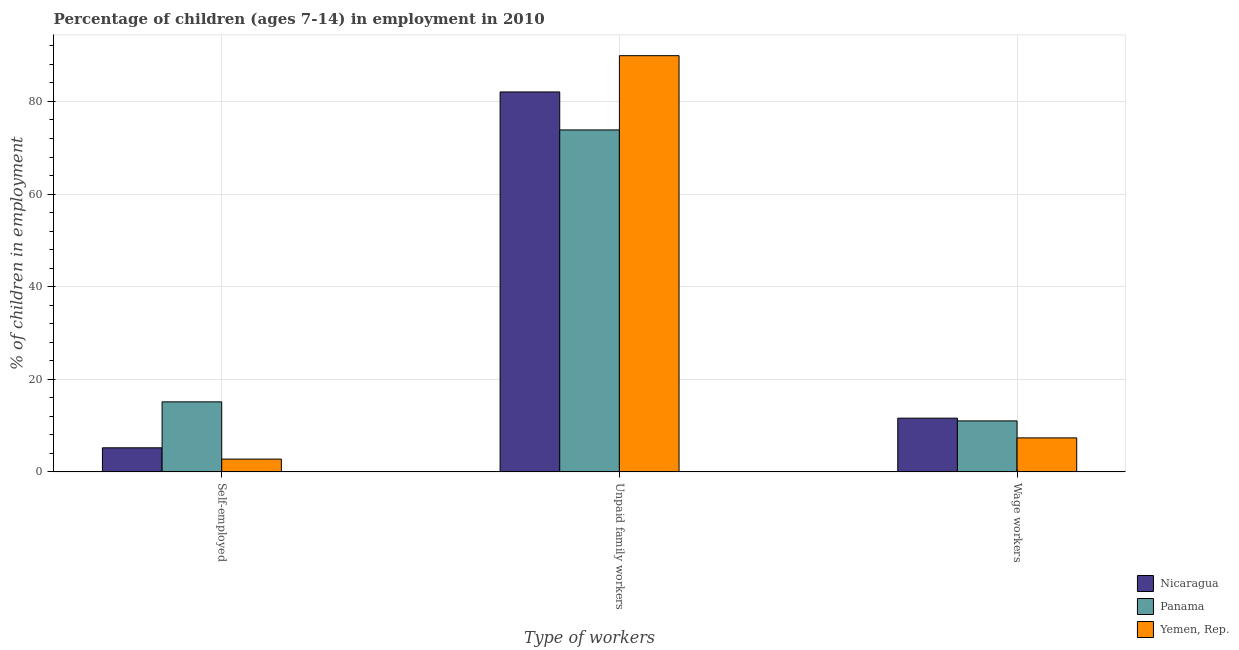
| Type of workers | Nicaragua | Panama | Yemen, Rep. |
 | --- | --- | --- | --- |
 | Self-employed | 5.21 | 15.1 | 2.77 |
 | Unpaid family workers | 82 | 73.8 | 89.9 |
 | Wage workers | 11.6 | 11 | 7.35 |